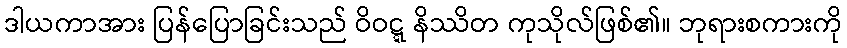
ဒါယကာအား ပြန်ပြောခြင်းသည် ဝိဝဋ္ဋ နိဿိတ ကုသိုလ်ဖြစ်၏။ ဘုရားစကားကို